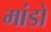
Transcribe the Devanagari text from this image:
मांडो